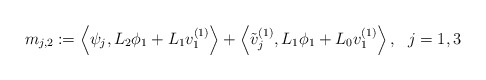
\begin{align*}m_{j,2}:=\left<\psi_j,L_2\phi_1+L_1v_1^{(1)}\right>+\left<\tilde v_j^{(1)},L_1\phi_1+L_0v_1^{(1)}\right>,~~j=1,3\end{align*}